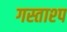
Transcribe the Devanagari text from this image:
गस्ताश्प